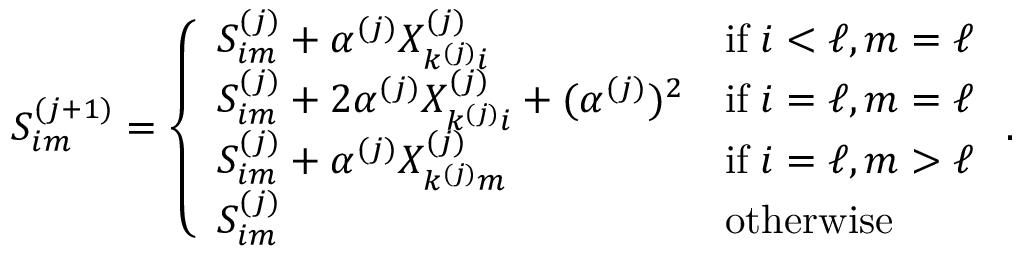
S _ { i m } ^ { ( j + 1 ) } = \left\{ \begin{array} { l l } { S _ { i m } ^ { ( j ) } + \alpha ^ { ( j ) } X _ { k ^ { ( j ) } i } ^ { ( j ) } } & { \mathrm { i f } \; i < \ell , m = \ell } \\ { S _ { i m } ^ { ( j ) } + 2 \alpha ^ { ( j ) } X _ { k ^ { ( j ) } i } ^ { ( j ) } + ( \alpha ^ { ( j ) } ) ^ { 2 } } & { \mathrm { i f } \; i = \ell , m = \ell } \\ { S _ { i m } ^ { ( j ) } + \alpha ^ { ( j ) } X _ { k ^ { ( j ) } m } ^ { ( j ) } } & { \mathrm { i f } \; i = \ell , m > \ell } \\ { S _ { i m } ^ { ( j ) } } & { \mathrm { o t h e r w i s e } } \end{array} \right. .